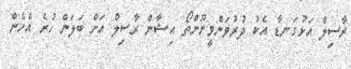
ރާސިލް އަޅުގަނޑާ އެކު ދުރުވަންވީނޫންތޯ އިޝާން ރާސިލް އަށް ބަލަން ހުރެ އެހެން